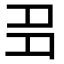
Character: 𡖈